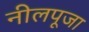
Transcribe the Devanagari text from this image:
नीलपूजा